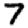
Digit: 7